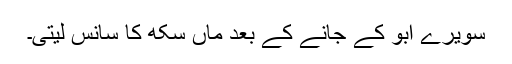
سویرے ابو کے جانے کے بعد ماں سکھ کا سانس لیتی۔